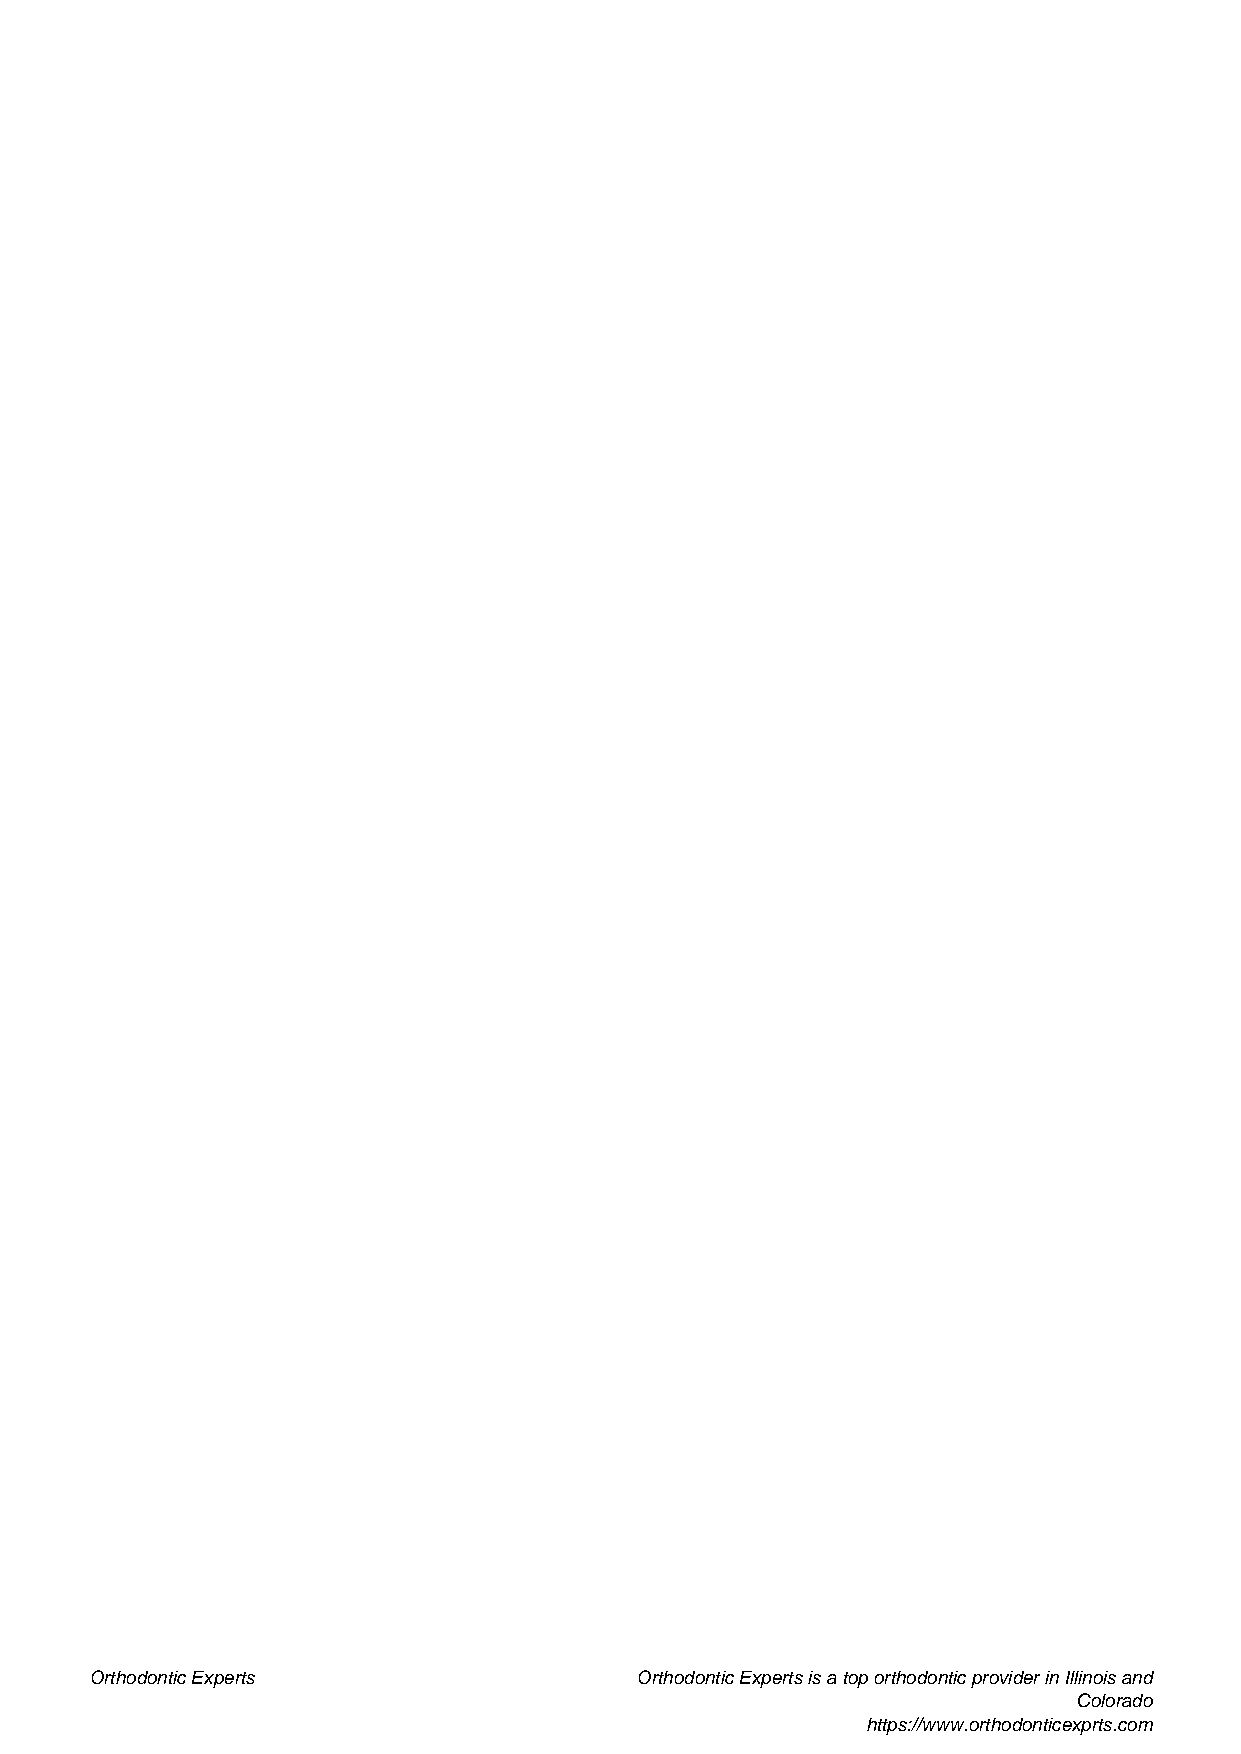
Orthodontic Experts                 Orthodontic Experts is a top orthodontic provider in Illinois and
 Colorado
 https://www.orthodonticexprts.com
 Powered by TCPDF (www.tcpdf.org)